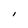
Character: I